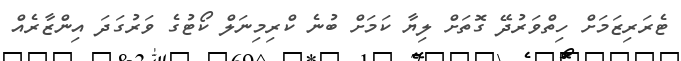
ޓެރަރިޒަމަށް ހިތްވަރުދޭ ގޮތަށް ލިޔާ ކަމަށް ބުނެ ކްރިމިނަލް ކޯޓުގެ ވަރުގަދަ އިންޒާރެއް